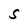
Character: S